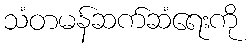
သံတမန်ဆက်ဆံရေးကို